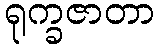
ရုက္ခဇာတာ